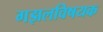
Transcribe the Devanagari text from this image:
गझलविषयक